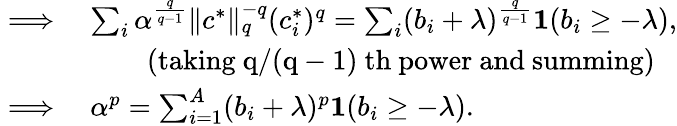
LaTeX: \begin{array}{rl}{\implies}&{\sum_{i}\alpha^{\frac{q}{q-1}}\lVert c^{*}\rVert_{q}^{-q}(c_{i}^{*})^{q}=\sum_{i}(b_{i}+\lambda)^{\frac{q}{q-1}}\mathbf{1}(b_{i}\geq-\lambda),}\\ &{\qquad\mathrm{(taking~q/(q-1)~th~power~and~summing)}}\\ {\implies}&{\alpha^{p}=\sum_{i=1}^{A}(b_{i}+\lambda)^{p}\mathbf{1}(b_{i}\geq-\lambda).}\end{array}